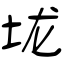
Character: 垅